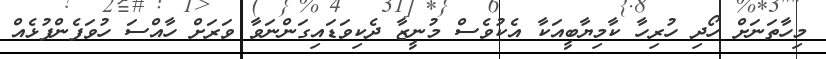
މިހާތަނަށް ހޯދި ހުރިހާ ކާމިޔާބީއަކާ އެކުވެސް މުނީޒާ ދެކިވަޑައިގަންނަވާ ވަރަށް ހާއްސަ ހުވަފެންފުޅެއް